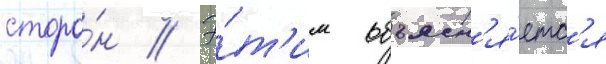
сторо́н // Э́т'им объясн'я́етс'я